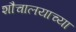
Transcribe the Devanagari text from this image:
शौचालयाच्या